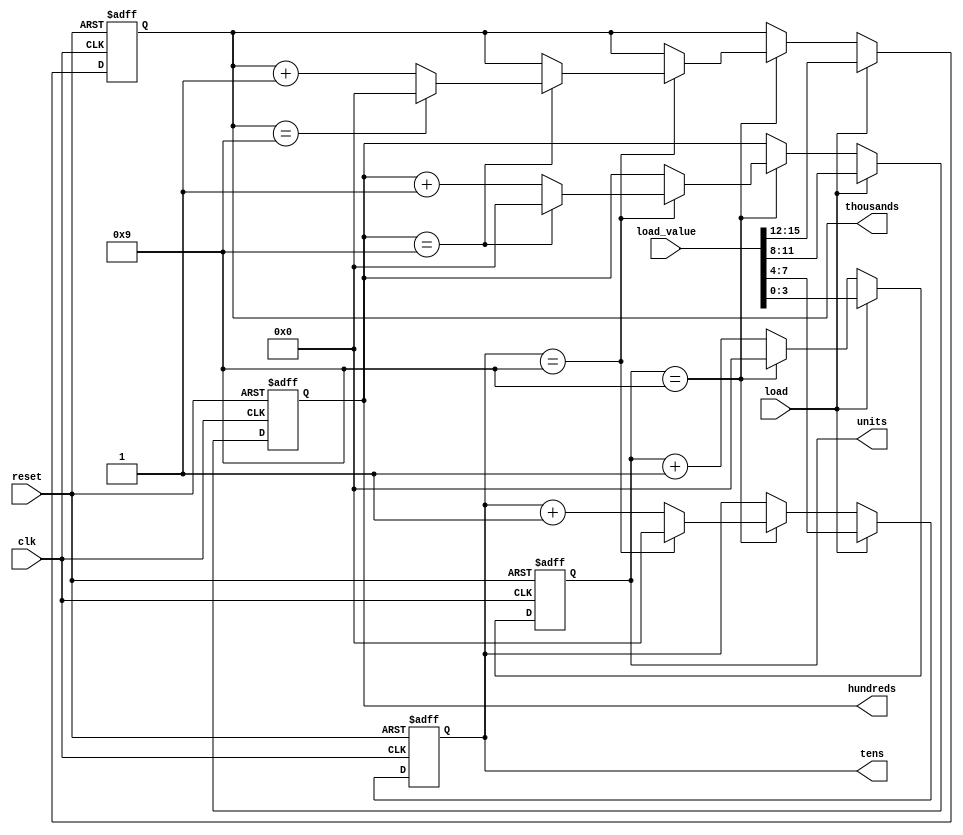
module Counter_9999 (
`ifdef USE_POWER_PINS
    inout vccd1,	// User area 1 1.8V supply
    inout vssd1,	// User area 1 digital ground
`endif
    input wire clk,
    input wire reset,
    input wire load,
    input wire [15:0] load_value, // 4 BCD digits (each digit is 4 bits) -> 16 bits
    output reg [3:0] units,
    output reg [3:0] tens,
    output reg [3:0] hundreds,
    output reg [3:0] thousands
);

    reg [3:0] next_units, next_tens, next_hundreds, next_thousands;

    // Sequential Logic - Registers
    always @(posedge clk or posedge reset)
    begin
        if (reset)
        begin
            units <= 4'b0000;
            tens <= 4'b0000;
            hundreds <= 4'b0000;
            thousands <= 4'b0000;
        end
        else if (load)
        begin
            units <= load_value[3:0];
            tens <= load_value[7:4];
            hundreds <= load_value[11:8];
            thousands <= load_value[15:12];
        end
        else 
        begin
            units <= next_units;
            tens <= next_tens;
            hundreds <= next_hundreds;
            thousands <= next_thousands;
        end
    end

    // Combinational Logic
    always @(*)
    begin
        // Default to incrementing the current value
        next_units = units + 4'b0001;
        next_tens = tens;
        next_hundreds = hundreds;
        next_thousands = thousands;

        if (units == 4'b1001)
        begin
            next_units = 4'b0000;
            next_tens = tens + 4'b0001;

            if (tens == 4'b1001)
            begin
                next_tens = 4'b0000;
                next_hundreds = hundreds + 4'b0001;

                if (hundreds == 4'b1001)
                begin
                    next_hundreds = 4'b0000;
                    next_thousands = thousands + 4'b0001;

                    if (thousands == 4'b1001)
                    begin
                        next_thousands = 4'b0000;
                    end
                end
            end
        end
    end
endmodule